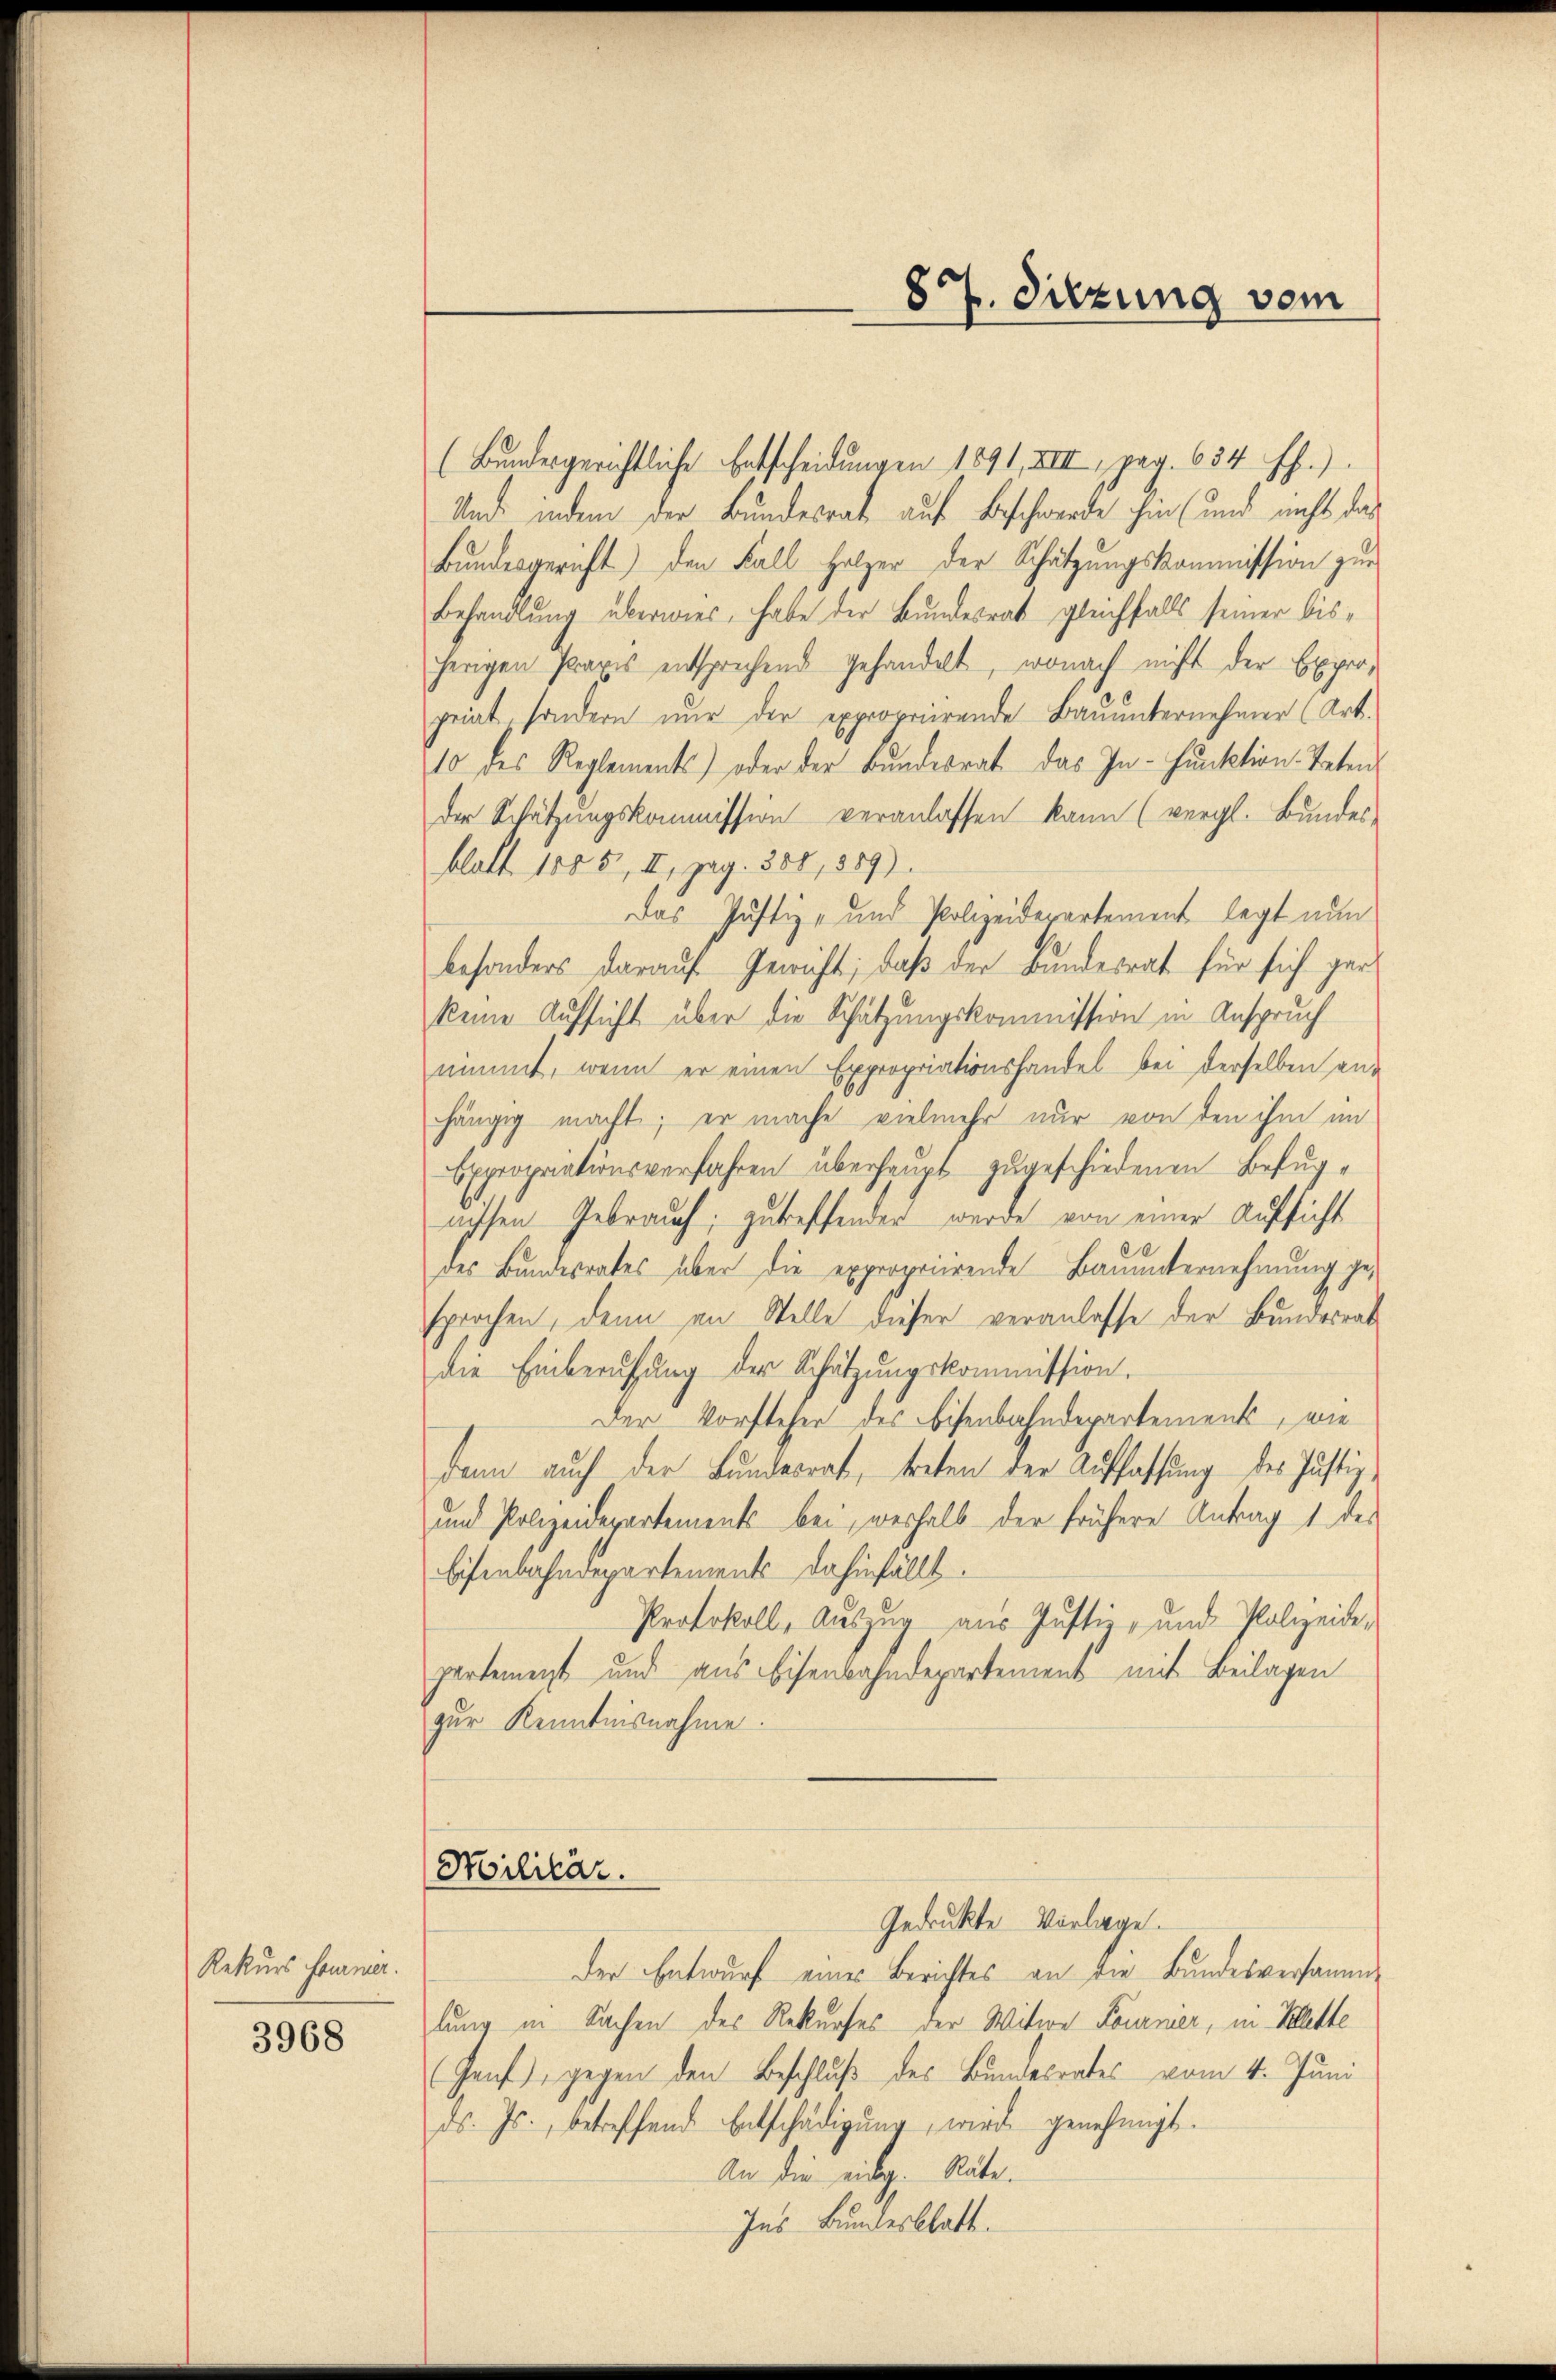
Rekurs Former.

3968

(Bundesgerichtliche Entscheidungen 1891, XIII, pag. 634 ff.).
Und indem der Bundesrat auf Beschwerde ihm (und nicht das
Bundesgericht) den Fall Holzer der Schätzungskommission zur
Behandlung überwies, habe der Bundesrat gleichfalls seiner bisherigen Praxis entsprechend gehandelt, wonach nicht der Experpriat, sondern nur der exproprierende Baŭŭnternehmer (Art.
10 des Reglements) oder der Bundesrat das In- Funktion-Teten
der Schätzungskommission veranlassen kann (vergl. Bundes-
blatt 1855, II, pag. 388, 889).
Das Justiz- und Polizeiderartement legt nun
besonders darauf Gewicht, daß der Bundesrat für sich gar
keine Aufsicht über die Schätzungskommission in Anspruch
nimmt, wenn er einen Expropriationshandel bei derselben anhängig macht; er mache vielmehr nur von den ihm im
Expropriationsverfahren überhaupt zugeschiedenen Befugnissen Gebrauch; zutreffender wurde von einer Aufsicht
des Bundesrates über die expropriirende Bauunternehmung gesprochen, denn an Stelle dieser veranlasse der Bundesrat
die Einberufung der Schätzungskommission.
Der Vorsteher des Eisenbahndepartements, wie
dann auch der Bundesrat, treten der Auffassung des Justiz
und Polizeidepartements bei, weshalb der frühere Antrag 1 des
Eisenbahndepartements dahinfällt.
Protokoll, Auszug aus Justiz- und Polizeide,
partement und aus Eisenbahndepartement mit Beilagen
zur Kenntnisnahme.

Militär.

87. Sitzung vom

Gedruckte Vorlage.

Der Entwurf eines Berichtes an die Bundesversammlung in Sachen des Rekurses der Witwe Fournier, in Klette
(Genf), gegen den Beschluß des Bundesrates vom 4. Juni
ds. Js., betreffend Entschädigŭng, wird genehmigt.
An die eidg. Räte.
Ins Bundesblatt.